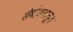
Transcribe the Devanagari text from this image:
संबोधनातून